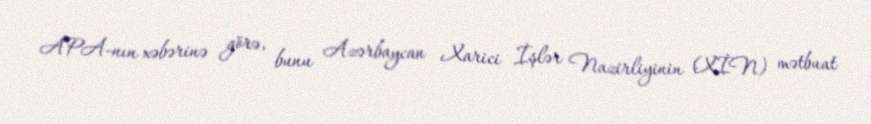
APA-nın xəbərinə görə, bunu Azərbaycan Xarici İşlər Nazirliyinin (XİN) mətbuat